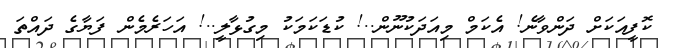
ކޮފީއަކަށް ދަންވާނެ! އެކަމް މިއަދަކުނޫން..! ކުޑަކަމަކު މިގުޅާލީ..! އަހަރެމެން ފަޔާގެ ދައްތަ